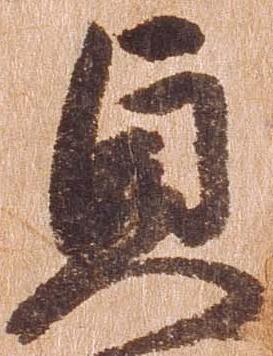
貞